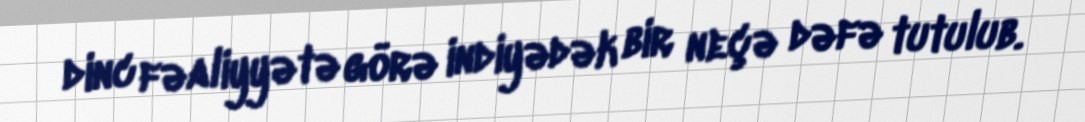
dinc fəaliyyətə görə indiyədək bir neçə dəfə tutulub.